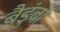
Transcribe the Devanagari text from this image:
बैडुंबों